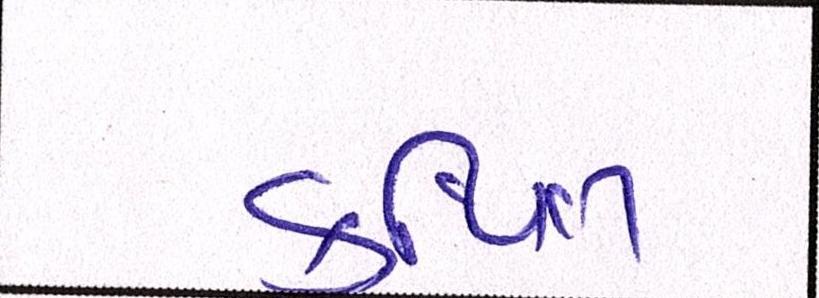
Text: કથિત